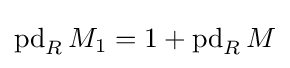
\operatorname {pd} _{R}M_{1}=1+\operatorname {pd} _{R}M